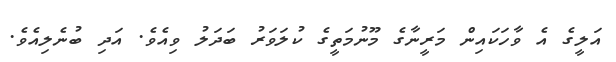
އަލީގެ އެ ވާހަކައިން މަރީނާގެ މޫނުމަތީގެ ކުލަވަރު ބަދަލު ވިއެވެ. އަދި ބުނެލިއެވެ.